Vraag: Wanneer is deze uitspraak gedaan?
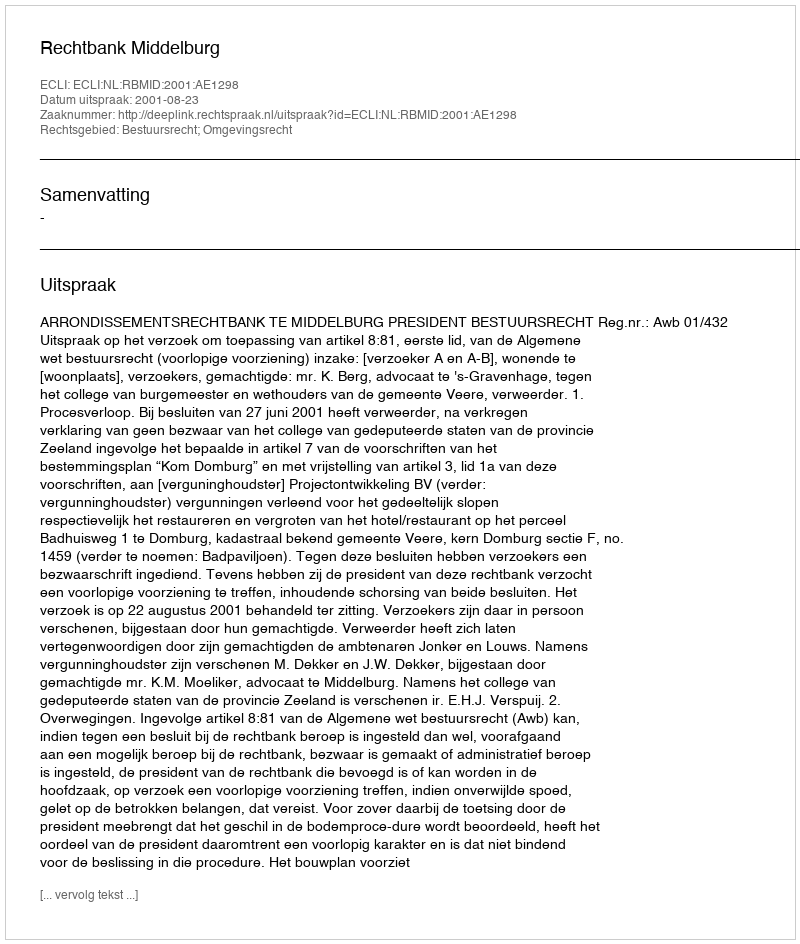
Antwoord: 2001-08-23